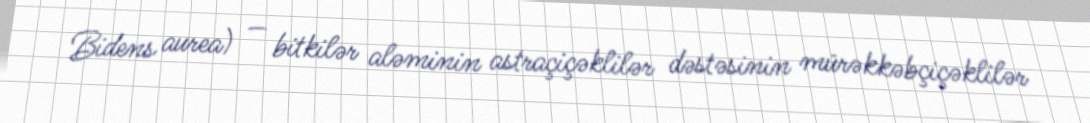
Bidens aurea) — bitkilər aləminin astraçiçəklilər dəstəsinin mürəkkəbçiçəklilər